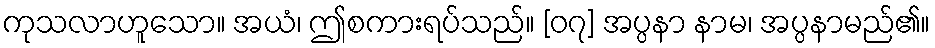
ကုသလာဟူသော။ အယံ၊ ဤစကားရပ်သည်။ [၀၇] အပ္ပနာ နာမ၊ အပ္ပနာမည်၏။